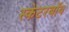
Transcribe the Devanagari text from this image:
स्केटरबॉय